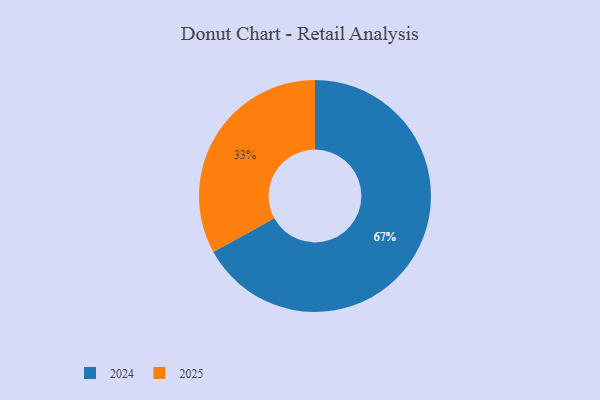
{"axis": {"x": "Category", "y": "Percentage"}, "legend": ["2024", "2025"], "data": [{"x": "2024", "y": 67, "type": "2024"}, {"x": "2025", "y": 33, "type": "2025"}]}